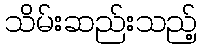
သိမ်းဆည်းသည့်